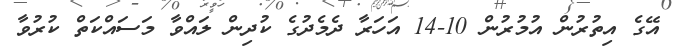
އޭގެ އިތުރުން އުމުރުން 10-14 އަހަރާ ދެމެދުގެ ކުދިން ލައްވާ މަސައްކަތް ކުރުވާ